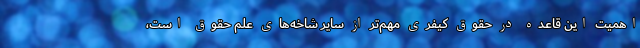
اهمیت این قاعده در حقوق کیفری مهم‌تر از سایر شاخه‌های علم حقوق است،